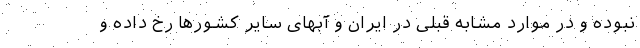
نبوده و در موارد مشابه قبلی در ایران و آبهای سایر کشورها رخ داده و